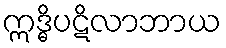
ဣဒ္ဓိပဋိလာဘာယ